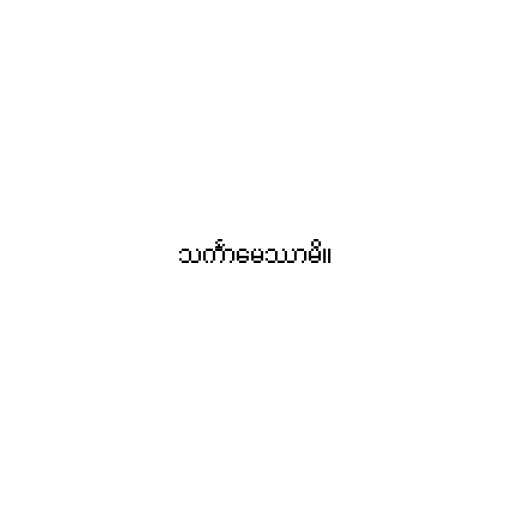
သင်္ကာမေဿာမိ။